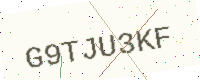
Text: G9TJU3KF